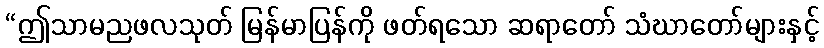
“ဤသာမညဖလသုတ် မြန်မာပြန်ကို ဖတ်ရသော ဆရာတော် သံဃာတော်များနှင့်